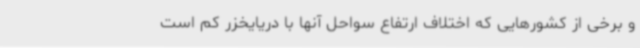
و برخی از کشورهایی که اختلاف ارتفاع سواحل آنها با دریایخزر کم است